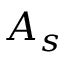
A _ { s }